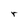
Character: r